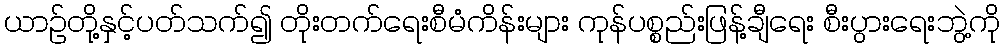
ယာဉ်တို့နှင့်ပတ်သက်၍ တိုးတက်ရေးစီမံကိန်းများ ကုန်ပစ္စည်းဖြန့်ချီရေး စီးပွားရေးဘွဲ့ကို